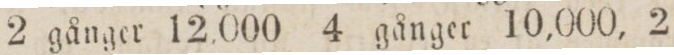
2 gånger 12,000 4 gånger 10,000, 2